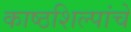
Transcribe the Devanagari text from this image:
काष्ठशिल्पांचे